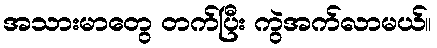
အသားမာတွေ တက်ပြီး ကွဲအက်လာမယ်။